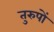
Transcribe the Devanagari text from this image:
तुरुपों